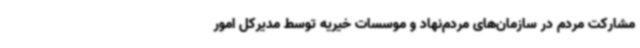
مشارکت مردم در سازمان‌های مردم‌نهاد و موسسات خیریه توسط مدیرکل امور